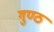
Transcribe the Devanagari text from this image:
गुण्ठ